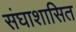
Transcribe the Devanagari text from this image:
संघाशासित